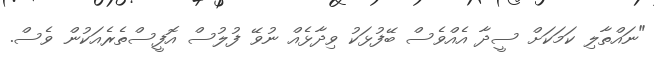
"ނައްތާލި ކަމަކަށް ސީދާ އެއްވެސް ބޭފުޅަކު ވިދާޅެއް ނުވޭ ފުލުސް އޮފީސްތެރެއަކުން ވެސް.